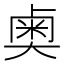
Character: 𫯱